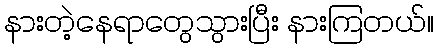
နားတဲ့နေရာတွေသွားပြီး နားကြတယ်။